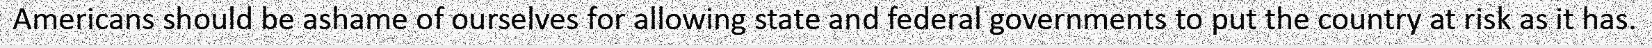
Americans should be ashame of ourselves for allowing state and federal governments to put the country at risk as it has.